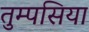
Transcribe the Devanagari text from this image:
तुम्पसिया